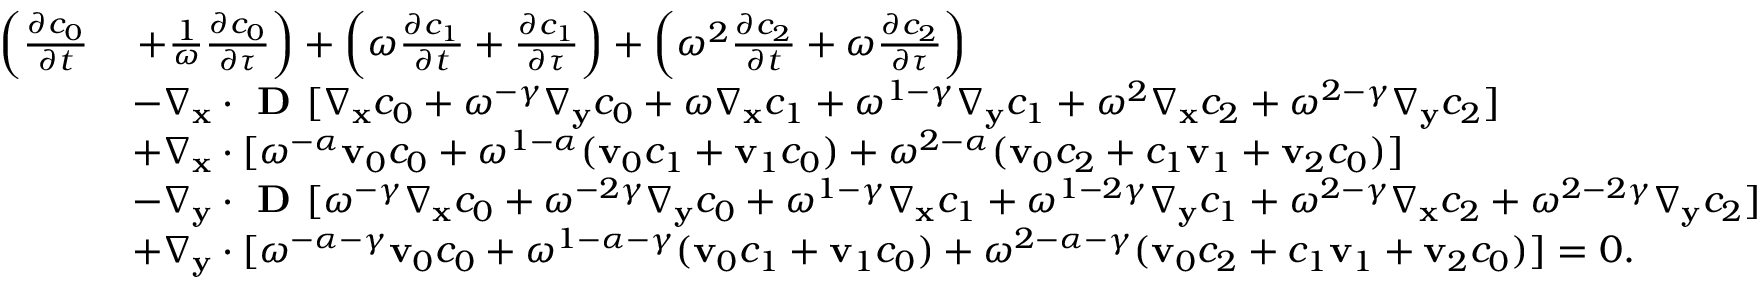
\begin{array} { r l } { \left( \frac { \partial c _ { 0 } } { \partial t } \right. } & { \left. + \frac { 1 } { \omega } \frac { \partial c _ { 0 } } { \partial \tau } \right) + \left( \omega \frac { \partial c _ { 1 } } { \partial t } + \frac { \partial c _ { 1 } } { \partial \tau } \right) + \left( \omega ^ { 2 } \frac { \partial c _ { 2 } } { \partial t } + \omega \frac { \partial c _ { 2 } } { \partial \tau } \right) } \\ & { - \nabla _ { \mathbf x } \cdot \textbf { D } [ \nabla _ { \mathbf x } c _ { 0 } + \omega ^ { - \gamma } \nabla _ { \mathbf y } c _ { 0 } + \omega \nabla _ { \mathbf x } c _ { 1 } + \omega ^ { 1 - \gamma } \nabla _ { \mathbf y } c _ { 1 } + \omega ^ { 2 } \nabla _ { \mathbf x } c _ { 2 } + \omega ^ { 2 - \gamma } \nabla _ { \mathbf y } c _ { 2 } ] } \\ & { + \nabla _ { \mathbf x } \cdot [ \omega ^ { - \alpha } \mathbf v _ { 0 } c _ { 0 } + \omega ^ { 1 - \alpha } ( \mathbf v _ { 0 } c _ { 1 } + \mathbf v _ { 1 } c _ { 0 } ) + \omega ^ { 2 - \alpha } ( \mathbf v _ { 0 } c _ { 2 } + c _ { 1 } \mathbf v _ { 1 } + \mathbf v _ { 2 } c _ { 0 } ) ] } \\ & { - \nabla _ { \mathbf y } \cdot \textbf { D } [ \omega ^ { - \gamma } \nabla _ { \mathbf x } c _ { 0 } + \omega ^ { - 2 \gamma } \nabla _ { \mathbf y } c _ { 0 } + \omega ^ { 1 - \gamma } \nabla _ { \mathbf x } c _ { 1 } + \omega ^ { 1 - 2 \gamma } \nabla _ { \mathbf y } c _ { 1 } + \omega ^ { 2 - \gamma } \nabla _ { \mathbf x } c _ { 2 } + \omega ^ { 2 - 2 \gamma } \nabla _ { \mathbf y } c _ { 2 } ] } \\ & { + \nabla _ { \mathbf y } \cdot [ \omega ^ { - \alpha - \gamma } \mathbf v _ { 0 } c _ { 0 } + \omega ^ { 1 - \alpha - \gamma } ( \mathbf v _ { 0 } c _ { 1 } + \mathbf v _ { 1 } c _ { 0 } ) + \omega ^ { 2 - \alpha - \gamma } ( \mathbf v _ { 0 } c _ { 2 } + c _ { 1 } \mathbf v _ { 1 } + \mathbf v _ { 2 } c _ { 0 } ) ] = 0 . } \end{array}